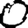
Digit: 0